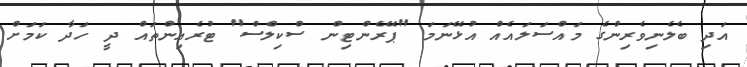
އަދި ބެލެނިވެރިންގެ މައްސަލައެއް އުޅޭނަމަ "ޕޭރެންޓިން ސްކިލްސް" ޓުރެއިންތައް ދީ ހަދާ ކަމަށް